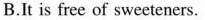
B.It is free of sweeteners.